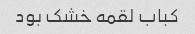
کباب لقمه خشک بود